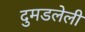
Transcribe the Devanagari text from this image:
दुमडलेली